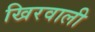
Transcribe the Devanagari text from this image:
खिरवाली